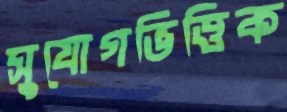
সুযোগভিত্তিক